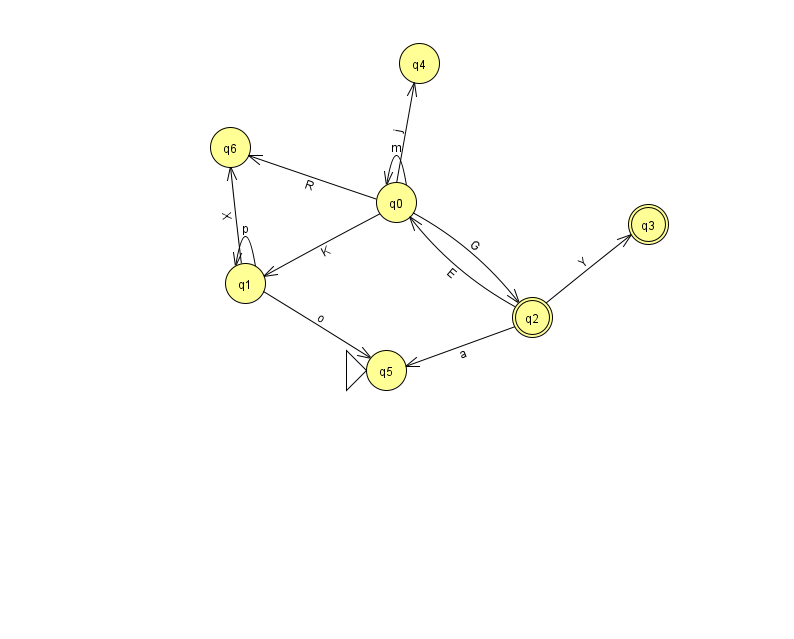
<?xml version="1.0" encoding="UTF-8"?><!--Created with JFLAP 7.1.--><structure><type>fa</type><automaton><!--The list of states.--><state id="0" name="q0"><x>396.0</x><y>189.0</y></state><state id="1" name="q1"><x>245.0</x><y>270.0</y></state><state id="2" name="q2"><x>532.0</x><y>304.0</y><final/></state><state id="3" name="q3"><x>648.0</x><y>211.0</y><final/></state><state id="4" name="q4"><x>419.0</x><y>50.0</y></state><state id="5" name="q5"><x>386.0</x><y>357.0</y><initial/></state><state id="6" name="q6"><x>230.0</x><y>134.0</y></state><!--The list of transitions.--><transition><from>1</from><to>1</to><read>p</read></transition><transition><from>2</from><to>5</to><read>a</read></transition><transition><from>2</from><to>3</to><read>Y</read></transition><transition><from>0</from><to>1</to><read>K</read></transition><transition><from>0</from><to>2</to><read>G</read></transition><transition><from>0</from><to>6</to><read>R</read></transition><transition><from>2</from><to>0</to><read>E</read></transition><transition><from>0</from><to>4</to><read>j</read></transition><transition><from>0</from><to>0</to><read>m</read></transition><transition><from>1</from><to>5</to><read>o</read></transition><transition><from>1</from><to>6</to><read>X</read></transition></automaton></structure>